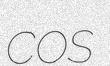
COS